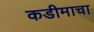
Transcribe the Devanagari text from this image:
कडीमाचा